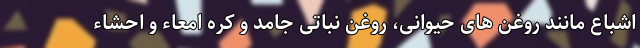
اشباع مانند روغن های حیوانی، روغن نباتی جامد و کره امعاء و احشاء